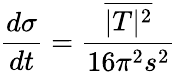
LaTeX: {\frac{d\sigma}{dt}}={\frac{\overline{{|T|^{2}}}}{16\pi^{2}s^{2}}}